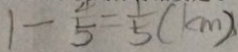
1 - \frac { 4 } { 5 } = \frac { 1 } { 5 } ( k m )